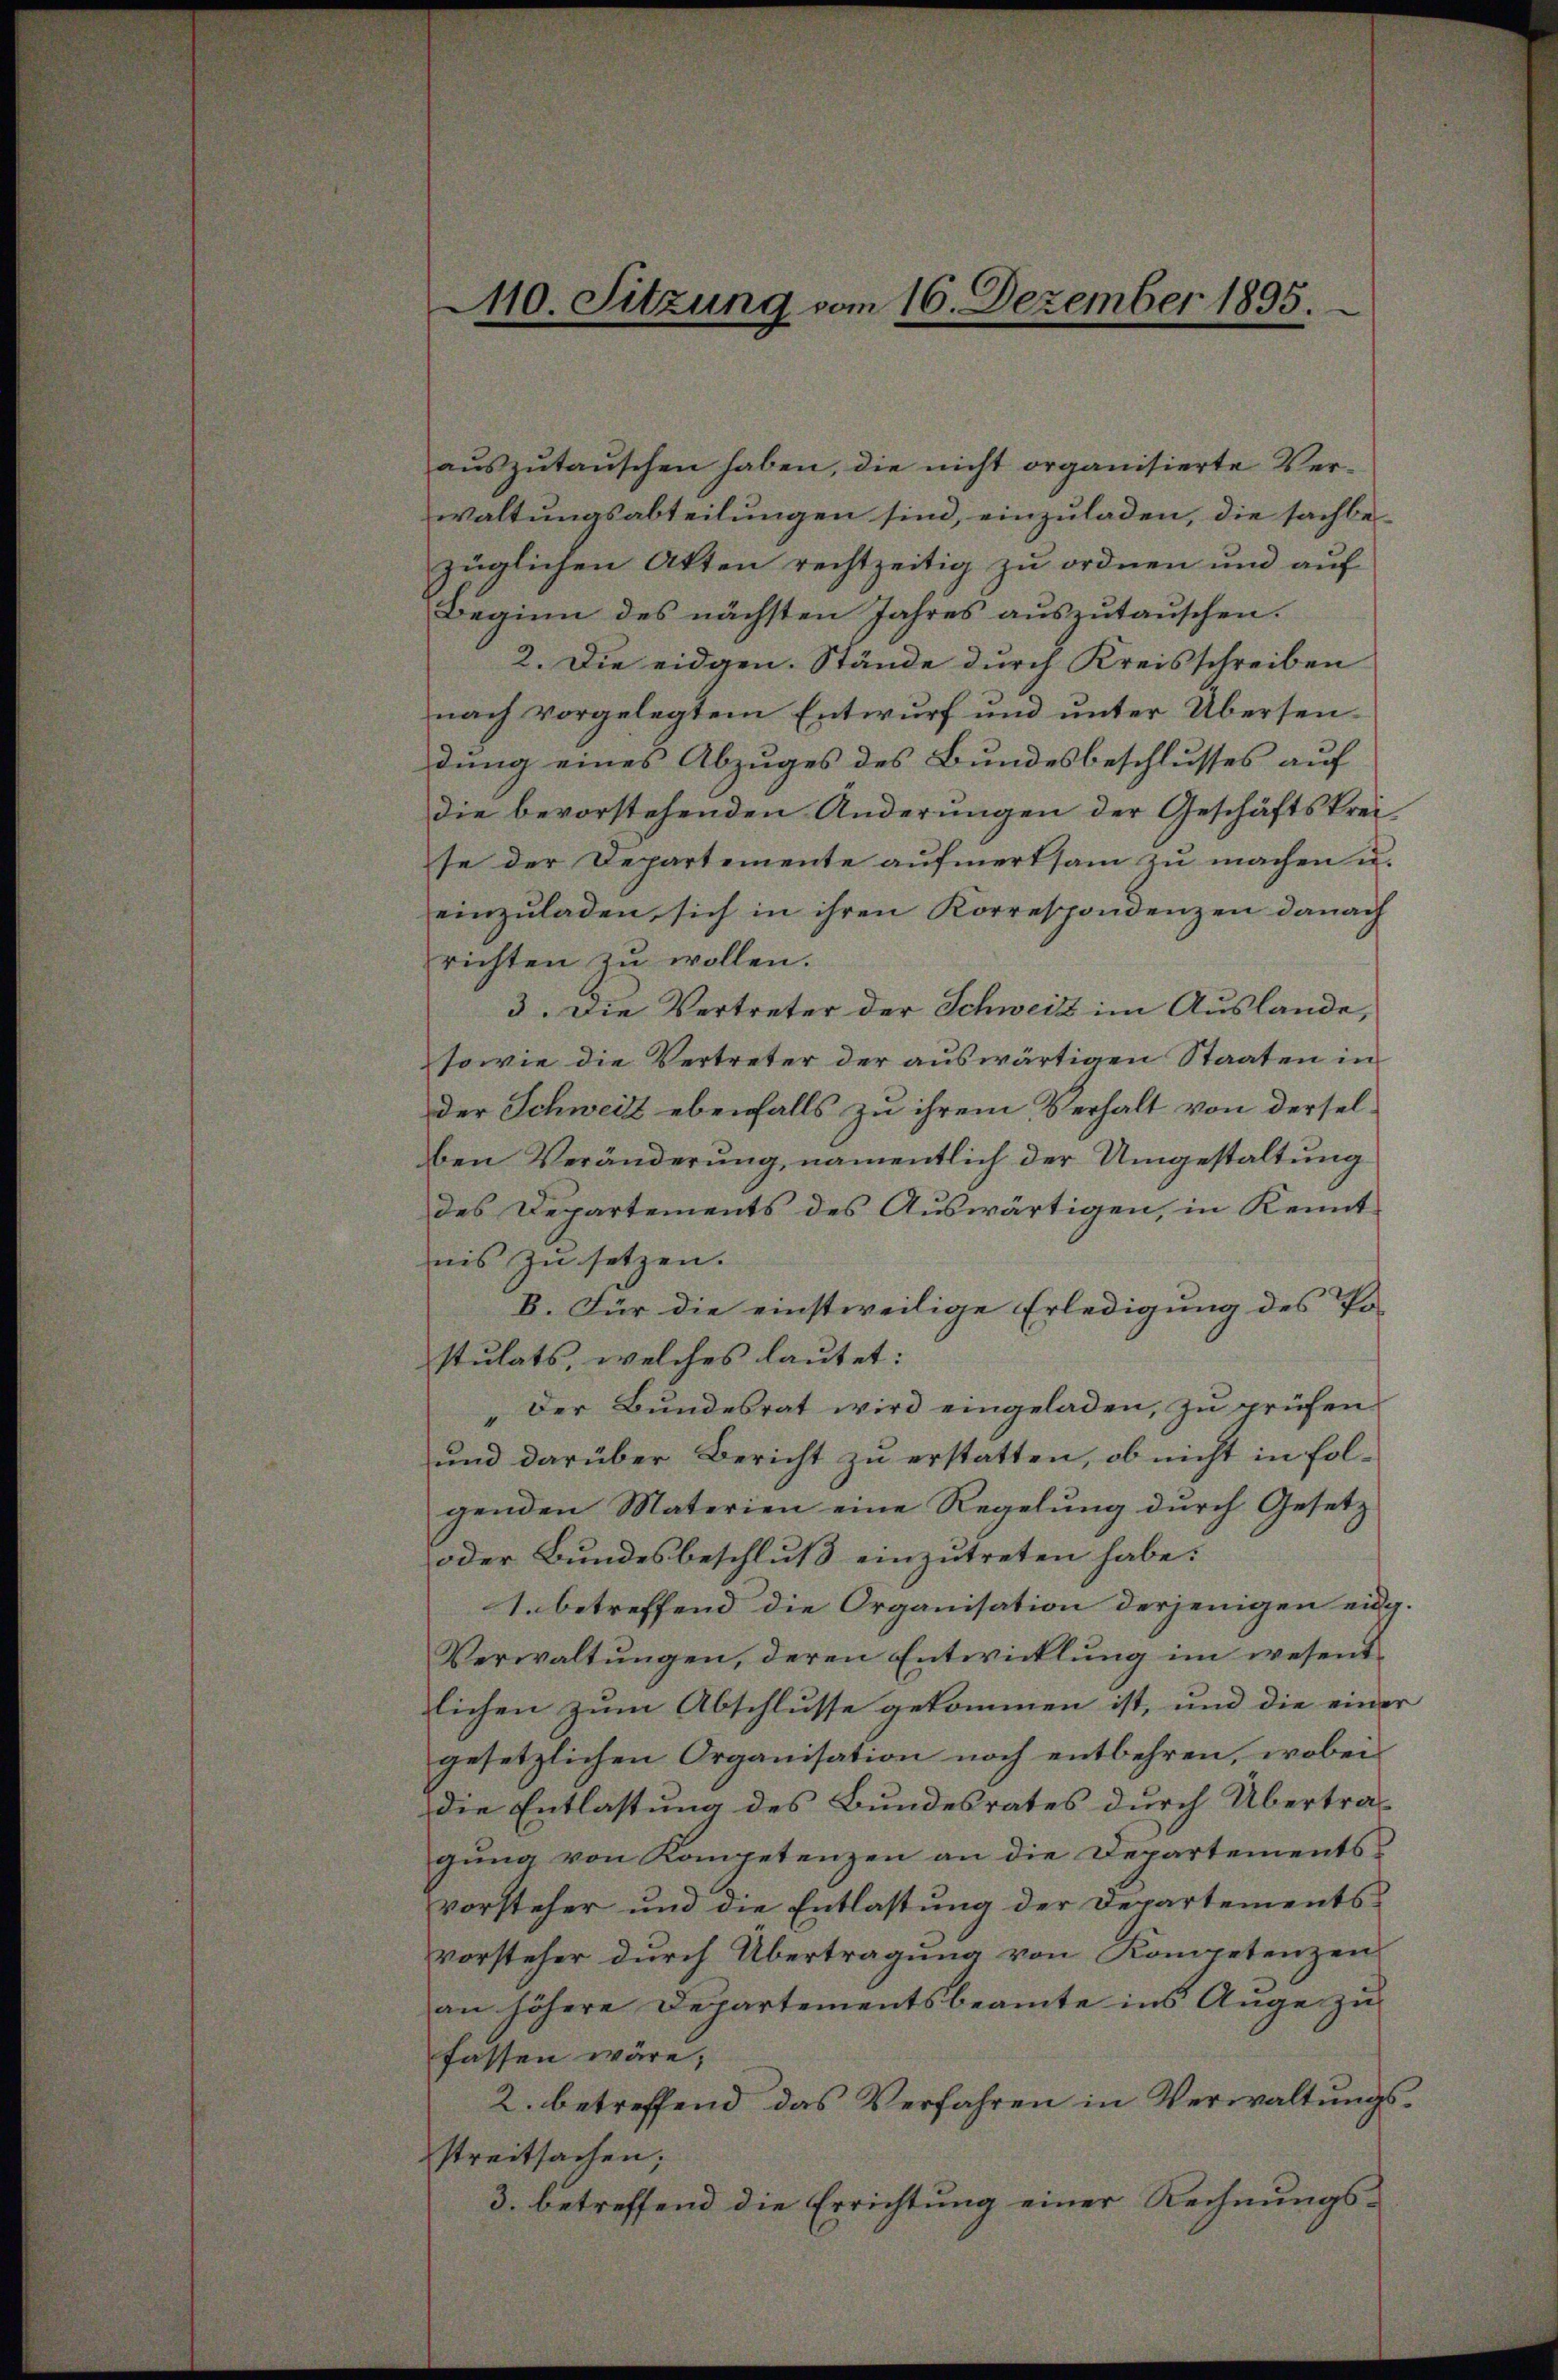
10. Sitzung vom 16. Dezember 1895.

aŭszŭtaŭschen haben, die nicht organisierte Ver-
waltungsabteilungen sind, einzuladen, die sachbe
züglichen Akten rechtzeitig zu ordnen und auf
Beginn des nächsten Jahres auszutauschen.
2. Die eidgen. Stände durch Kreisschreiben
nach vorgelegtem Entwurf und unter Übersendung eines Abzuges des Bundesbeschlusses auf
die bevorstehenden Änderŭngen der Geschäftskrei
se der Departemente aufmerksam zu machen u.
einzŭladen, sich in ihren Korrespondenzen danach
richten zu wollen.
3. Die Vertreter der Schweiz im Auslande,
sowie die Vertreter der auswärtigen Staaten in
der Schweiz ebenfalls zu ihrem Verhalt von derselben Veränderung, namentlich der Umgestaltung
des Departements des Auswärtigen, in Kennt-
nis zu setzen.
B. Für die einstweilige Erledigung des Po-
stulats, welches lautet:
Der Bundesrat wird eingeladen, zu prüfen
und darüber Bericht zu erstatten, ob nicht in folgenden Materien eine Regelung durch Gesetz
oder Bundesbeschluß einzutreten habe.
1. betreffend die Organisation derjenigen eidg.
Verwaltungen, deren Entwicklung im wesens
lichen zum Abschlusse gekommen ist, und die einer
gesetzlichen Organisation noch entbehren, wobei
die Entlastung des Bundesrates durch Übertrag
gung von Kompetenzen an die Departements
vorsteher und die Entlastung der Departementsvorsteher durch Übertragung von Kompetenzen
an höhere Departementsbeamte ins Auge zu
fassen wäre,
2. betreffend das Verfahren in Verwaltungsstreitsachen;
3. betreffend die Errichtung einer Rechnungs¬